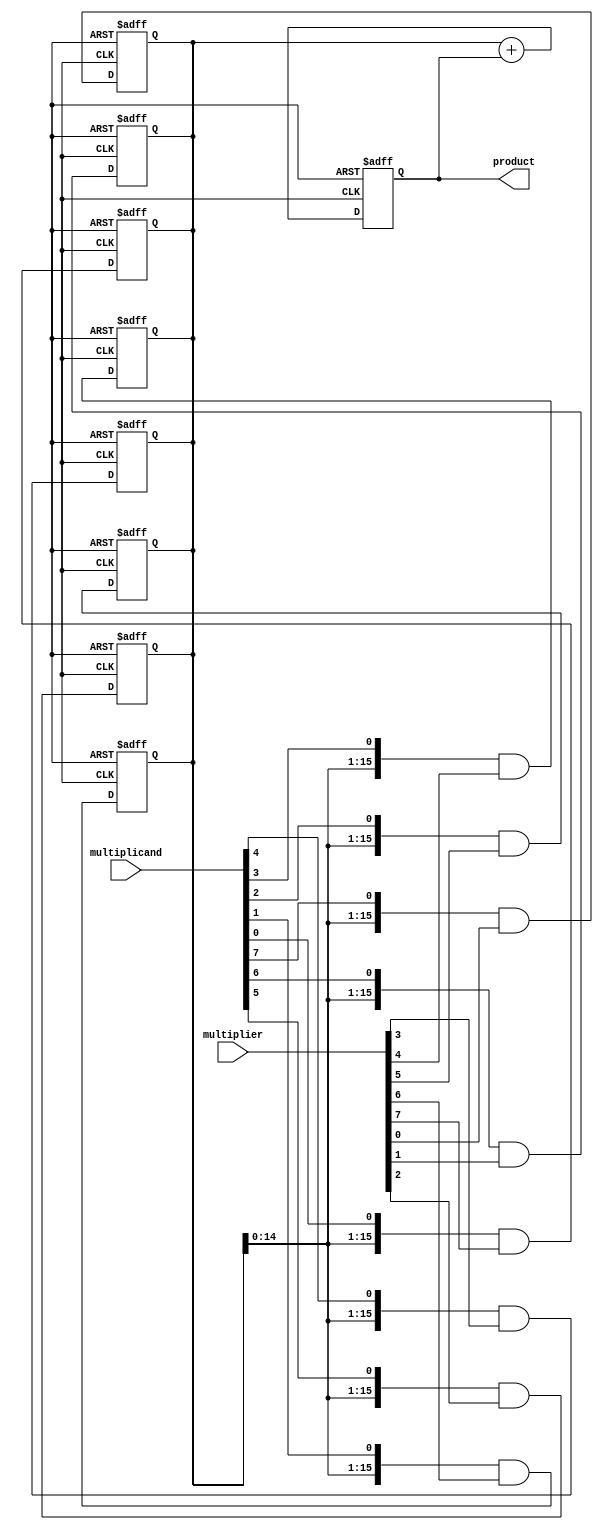
module ShiftAndAddMultiplier (
  input wire [7:0] multiplicand,
  input wire [7:0] multiplier,
  output reg [15:0] product
);

reg [15:0] partial_product;
reg [15:0] final_result;

initial begin
  partial_product = 16'h0;
  final_result = 16'h0;
end

genvar i;
generate
  for (i=0; i<8; i=i+1) begin
    always @(posedge clk or posedge reset) begin
      if (reset) begin
        partial_product <= 16'h0;
      end else begin
        partial_product <= {partial_product[14:0], multiplicand[7-i]} & multiplier[i];
      end
    end
  end
endgenerate

always @(posedge clk or posedge reset) begin
  if (reset) begin
    final_result <= 16'h0;
  end else begin
    final_result <= partial_product + final_result;
  end
end

assign product = final_result;

endmodule